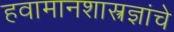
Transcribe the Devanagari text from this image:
हवामानशास्त्रज्ञांचे